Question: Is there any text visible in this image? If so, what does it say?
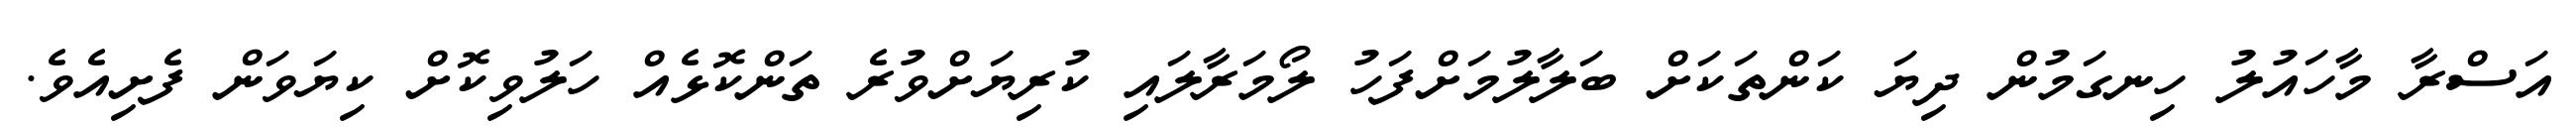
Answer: އަސްރާ މާހައުލު ހިނގަމުން ދިޔަ ކަންތަކަށް ބަލާލުމަށްފަހު ލޯމަރާލައި ކުރިޔަށްވުރެ ތަންކޮޅެއް ހަލުވިކޮށް ކިޔަވަން ފެށިއެވެ.